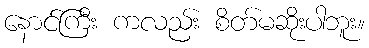
နောင်ကြီး ကလည်း စိတ်မဆိုးပါဘူး။